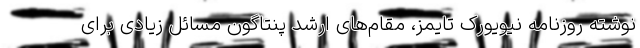
نوشته روزنامه نیویورک تایمز، مقام‌های ارشد پنتاگون مسائل زیادی برای